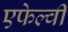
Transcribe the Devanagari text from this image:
एफेल्वी